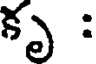
కృ :